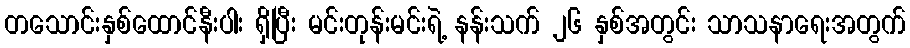
တသောင်းနှစ်ထောင်နီးပါး ရှိပြီး မင်းတုန်းမင်းရဲ့ နန်းသက် ၂၆ နှစ်အတွင်း သာသနာရေးအတွက်